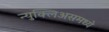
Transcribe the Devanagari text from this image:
न्युक्लिअसमध्ये